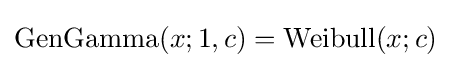
{\text{GenGamma}}(x;1,c)={\text{Weibull}}(x;c)